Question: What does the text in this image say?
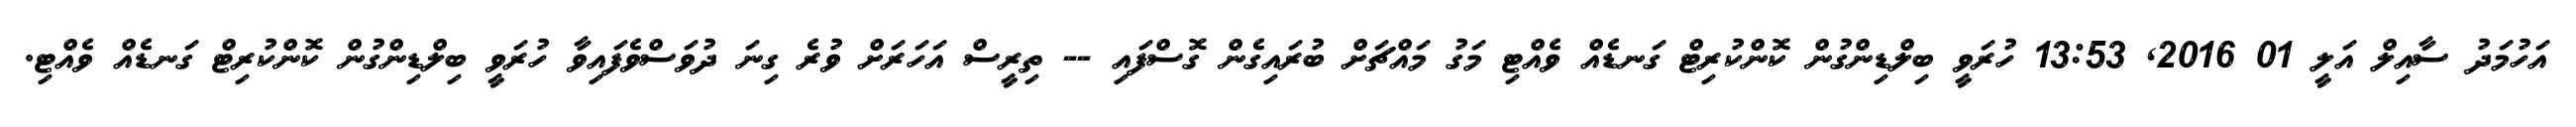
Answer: އަހުމަދު ސާއިލް އަލީ 01 2016, 13:53 ހުރަވީ ބިލްޑިންގުން ކޮންކުރިޓް ގަނޑެއް ވެއްޓި މަގު މައްޗަށް ބުރައިގެން ގޮސްފައި -- ތިރީސް އަހަރަށް ވުރެ ގިނަ ދުވަސްވެފައިވާ ހުރަވީ ބިލްޑިންގުން ކޮންކުރިޓް ގަނޑެއް ވެއްޓި.